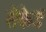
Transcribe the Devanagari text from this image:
सेकेडं